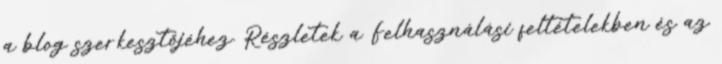
a blog szerkesztőjéhez. Részletek a Felhasználási feltételekben és az